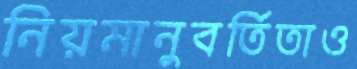
নিয়মানুবর্তিতাও